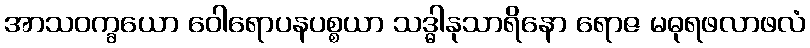
အာသဝက္ခယော ဝေါရောပနပစ္စယာ သဒ္ဓါနုသာရိနော ရောဇ မဓုရဖလာဖလံ